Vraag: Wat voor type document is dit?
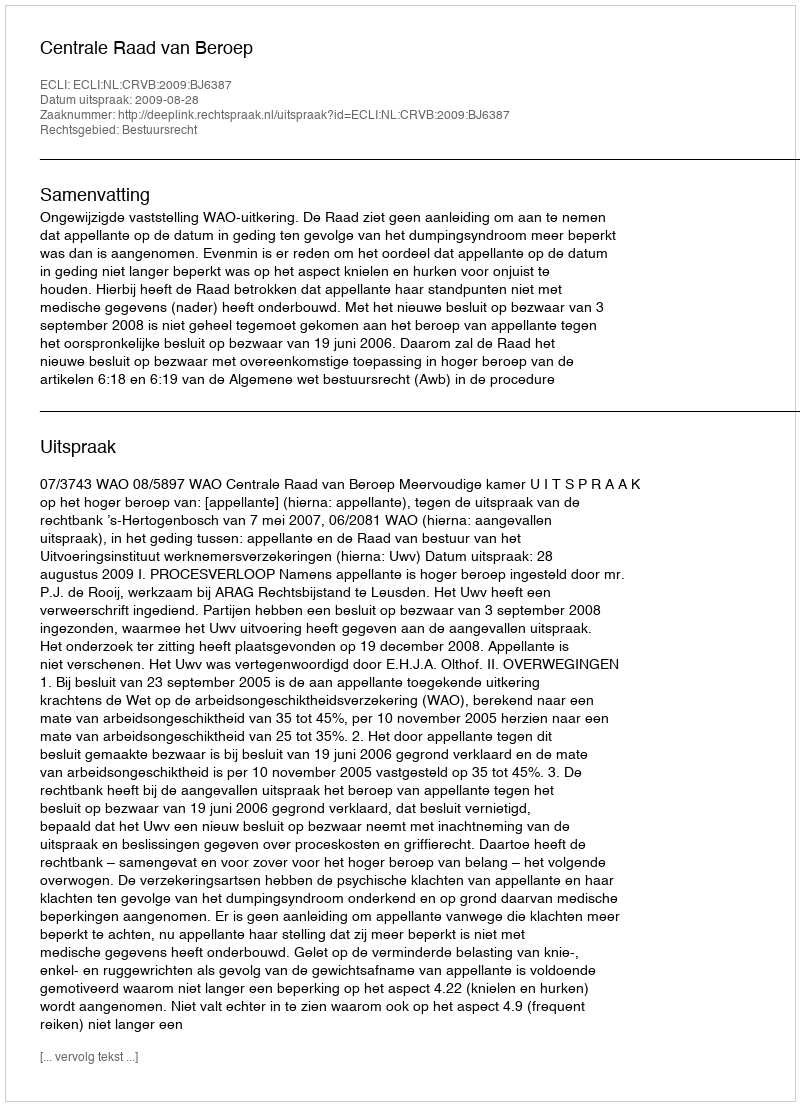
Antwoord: Uitspraak